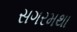
સગરમથા